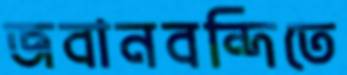
জবানবন্দিতে